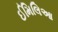
ઈમિલિઆ